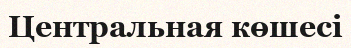
Центральная көшесі